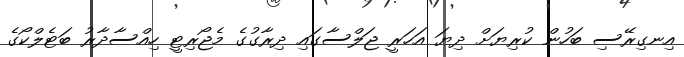
އިނގިރޭސި ބަހުން ކުރިޔަށް ދިޔަ އަހަރީ ޖަލްސާގައި ދިރާގުގެ މެޖޯރިިޓީ ހިއްސާދާރު ބަޓެލްކޯގެ